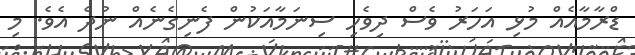
ޑްރާމާއެއް މުޅި އަހަރު ވެސް ދިވެހި ސިނަމާއަކުން ފެނިގެނެއް ނުދެ އެވެ. މި